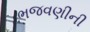
ભજવણીની